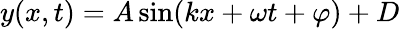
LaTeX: y(x,t)=A\sin(kx+\omega t+\varphi)+D